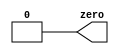
//2022-02-22 
//Output zero
module top_module(
    output zero
);// Module body starts after semicolon

assign zero=0;

endmodule